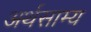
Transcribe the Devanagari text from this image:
अर्थसाम्य